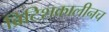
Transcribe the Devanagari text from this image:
ब्रिटिशकालीनच